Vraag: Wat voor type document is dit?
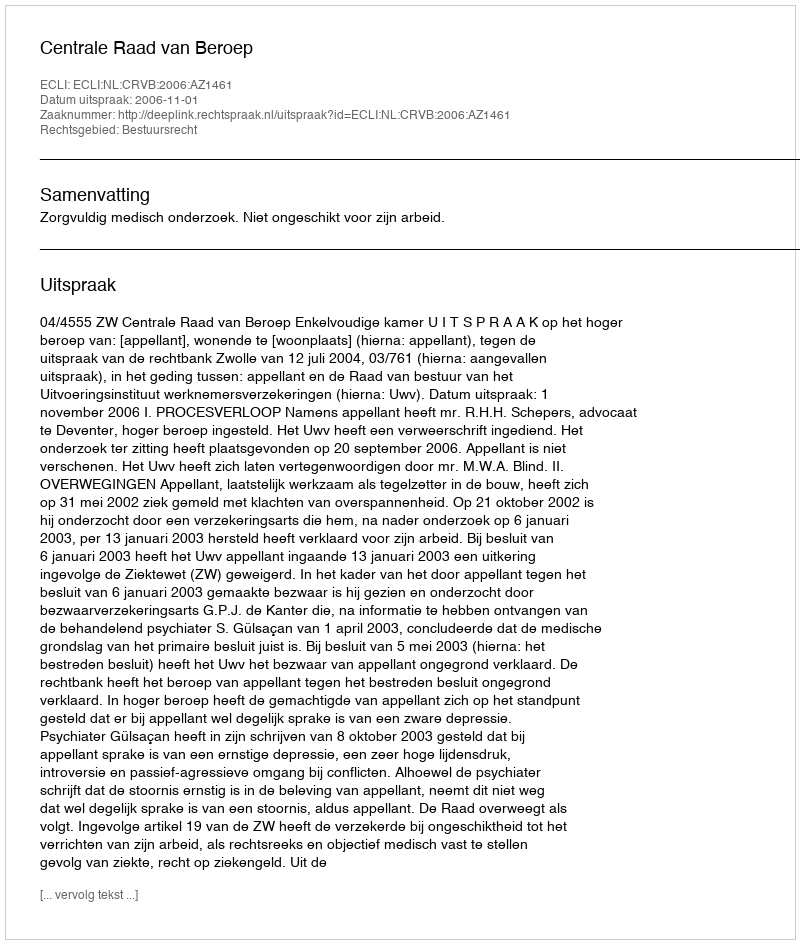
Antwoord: Uitspraak